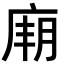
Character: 𢉋